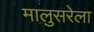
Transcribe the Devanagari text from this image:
मालुसरेला